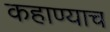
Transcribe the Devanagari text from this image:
कहाण्याच